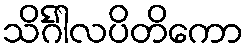
သိင်္ဂါလပိတိကော